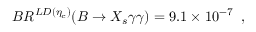
B R ^ { L D ( \eta _ { c } ) } ( B \to X _ { s } \gamma \gamma ) = 9 . 1 \times 1 0 ^ { - 7 } \; \; ,